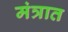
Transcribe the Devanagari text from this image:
मंत्रात